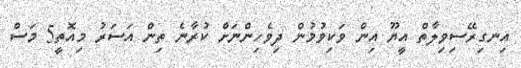
އިނގިރޭސިވިލާތް އީޔޫ އިން ވަކިވުމުން ދިވެހިންނަށް ކުރާނެ ތިން އަސަރު މިއޮތީ5 މަސް